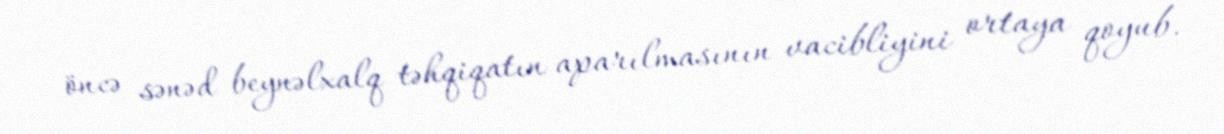
öncə sənəd beynəlxalq təhqiqatın aparılmasının vacibliyini ortaya qoyub.